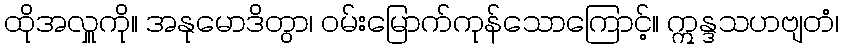
ထိုအလှူကို။ အနုမောဒိတွာ၊ ဝမ်းမြောက်ကုန်သောကြောင့်။ ဣန္ဒသဟဗျတံ၊